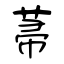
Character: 菷